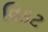
વિકટ